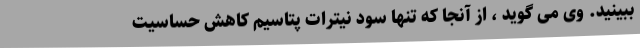
ببینید. وی می گوید ، از آنجا كه تنها سود نیترات پتاسیم كاهش حساسیت